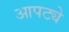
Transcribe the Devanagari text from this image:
आपट्ये